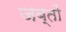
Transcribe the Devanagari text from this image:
जब्तों